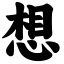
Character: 想